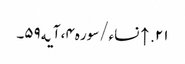
۲۱. ↑ نساء/سوره۴، آیه۵۹۔